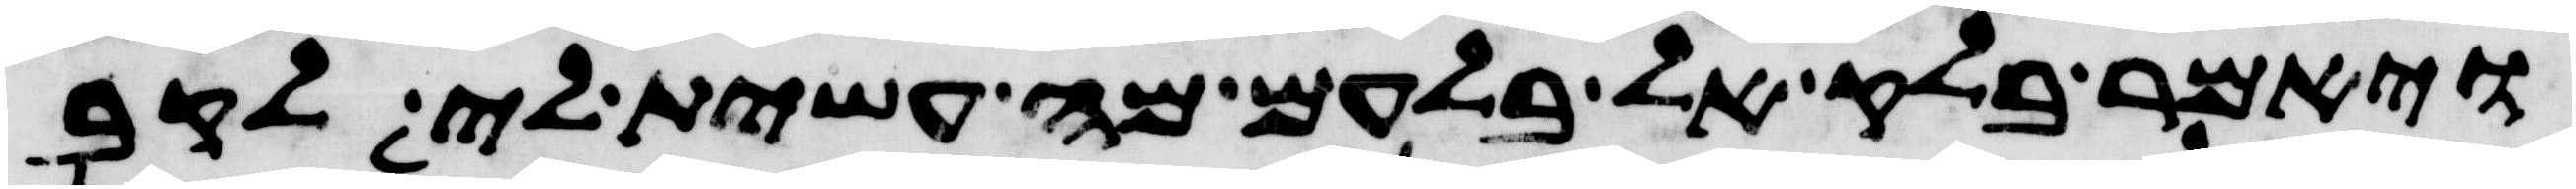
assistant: ויאמר בלק אל בלעם מה עשית לי לקב